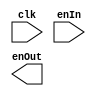
`timescale 1ns / 1ps
//////////////////////////////////////////////////////////////////////////////////
// Company: 
// Engineer: 
// 
// Design Name: 
// Module Name: Delay_Counter
// Project Name: 
// Target Devices: 
// Tool Versions: 
// Description: 
// 
// Dependencies: 
// 
// Revision:
// Revision 0.01 - File Created
// Additional Comments:
// 
//////////////////////////////////////////////////////////////////////////////////


module Delay_Counter( clk, enIn, enOut );
    parameter n = 9; // 9 bits
    input clk, enIn;
    output reg enOut;
    reg en;
    reg [ n - 1:0 ] delay = 500;
    
    always @ ( enIn ) begin
        if ( enIn )
            en = 1;
        else
            en = 0;        
    end
    
    always @ ( posedge clk ) begin
        if ( en ) begin
            delay <= delay - 1;
        end
        
        if ( delay == 0 ) begin
            delay <= 500;
        end
    end
endmodule